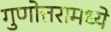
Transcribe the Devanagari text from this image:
गुणोत्तरामध्ये